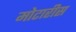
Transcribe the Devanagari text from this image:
मोटारीस